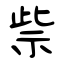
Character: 祡